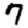
Digit: 7